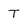
Character: T